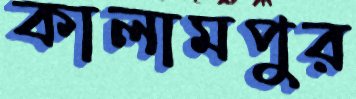
কালামপুর